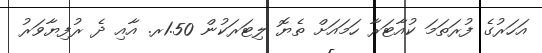
އަހަރުގެ ފުރަތަމަ ކުއާޓަރާ ހަމައަށް ތެޔޮ ލިޓަރަކުން 1.50ރ. އާއި ދެ ރުފިޔާވަރު